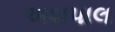
અશપાલ